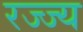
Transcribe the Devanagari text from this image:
रज्ज्य